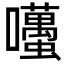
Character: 囆